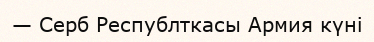
— Серб Республткасы Армия күні